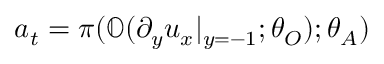
a _ { t } = \pi ( \mathbb { O } ( \partial _ { y } u _ { x } | _ { y = - 1 } ; \theta _ { O } ) ; \theta _ { A } )